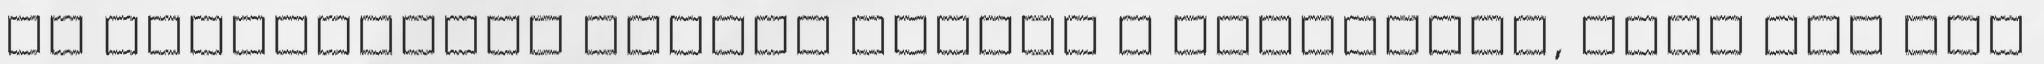
és becsöngetek minden házhoz a fotójával, amíg meg nem